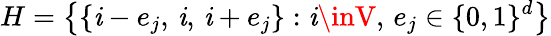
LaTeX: H=\big\{ \{ \mathit{i}-e_{j},\, \mathit{i},\, \mathit{i}+e_{j}\} :\mathit{i}\inV,\, e_{j}\in\{ 0,1\} ^{d}\big\}